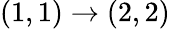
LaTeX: (1,1)\rightarrow(2,2)